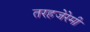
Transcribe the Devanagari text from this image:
तरहजेरेमी